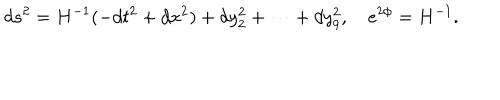
d s ^ { 2 } = H ^ { - 1 } ( - d t ^ { 2 } + d x ^ { 2 } ) + d y _ { 2 } ^ { 2 } + \cdots + d y _ { 9 } ^ { 2 } , e ^ { 2 \phi } = H ^ { - 1 } .